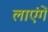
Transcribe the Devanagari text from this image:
लाएंगें